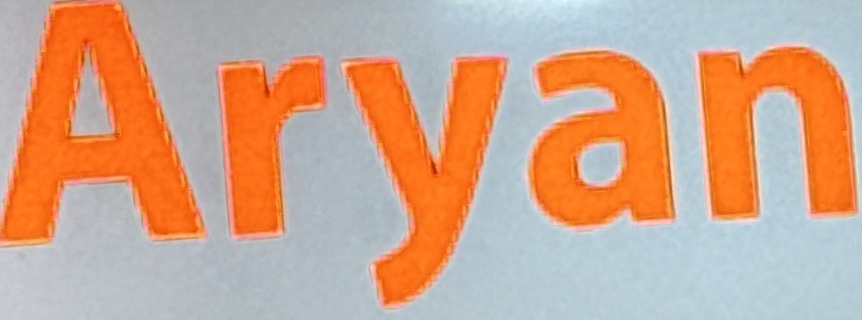
Aryan